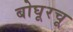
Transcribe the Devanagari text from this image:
बोघूरचू